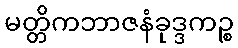
မတ္တိကဘာဇနံခုဒ္ဒကဉ္စ